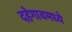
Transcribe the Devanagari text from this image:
दहेगावमध्ये